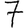
Digit: 7